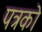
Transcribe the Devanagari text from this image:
पत्रको